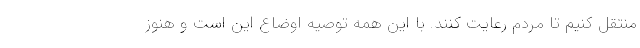
منتقل کنیم تا مردم رعایت کنند. با این همه توصیه اوضاع این است و هنوز